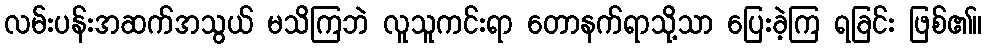
လမ်းပန်းအဆက်အသွယ် မသိကြဘဲ လူသူကင်းရာ တောနက်ရာသို့သာ ပြေးခဲ့ကြ ရခြင်း ဖြစ်၏။